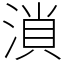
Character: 溑